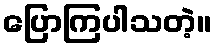
ပြောကြပါသတဲ့။